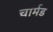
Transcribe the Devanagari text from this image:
चार्मड